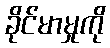
ခိုင်မာမှုကို